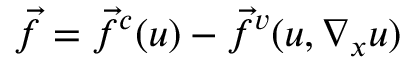
\vec { f } = \vec { f } ^ { c } ( u ) - \vec { f } ^ { v } ( u , \nabla _ { x } u )